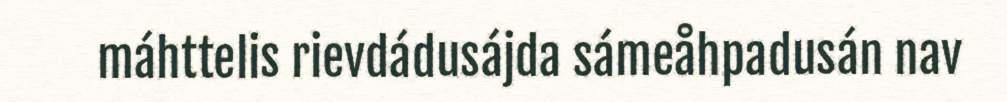
máhttelis rievdádusájda sámeåhpadusán nav